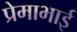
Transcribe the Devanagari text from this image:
प्रेमाभाई